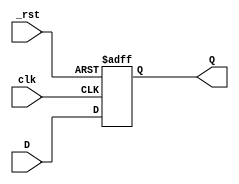
module DFF(
  input              clk,
  input              _rst,
  input      [W-1:0] D,  
  output reg [W-1:0] Q);

  // Default width is 1
  parameter W = 1;
  
  // Initial data with asynchronous reset (i.e. not clocked)
  parameter INITVAL = 0;

  always @(posedge clk or negedge _rst)
    if (~_rst) 
      Q <= INITVAL;
    else 
      Q <= D;
endmodule